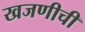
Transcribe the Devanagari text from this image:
खजणीची